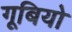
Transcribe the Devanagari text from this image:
गूबियो